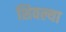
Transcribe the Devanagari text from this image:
शिवल्या